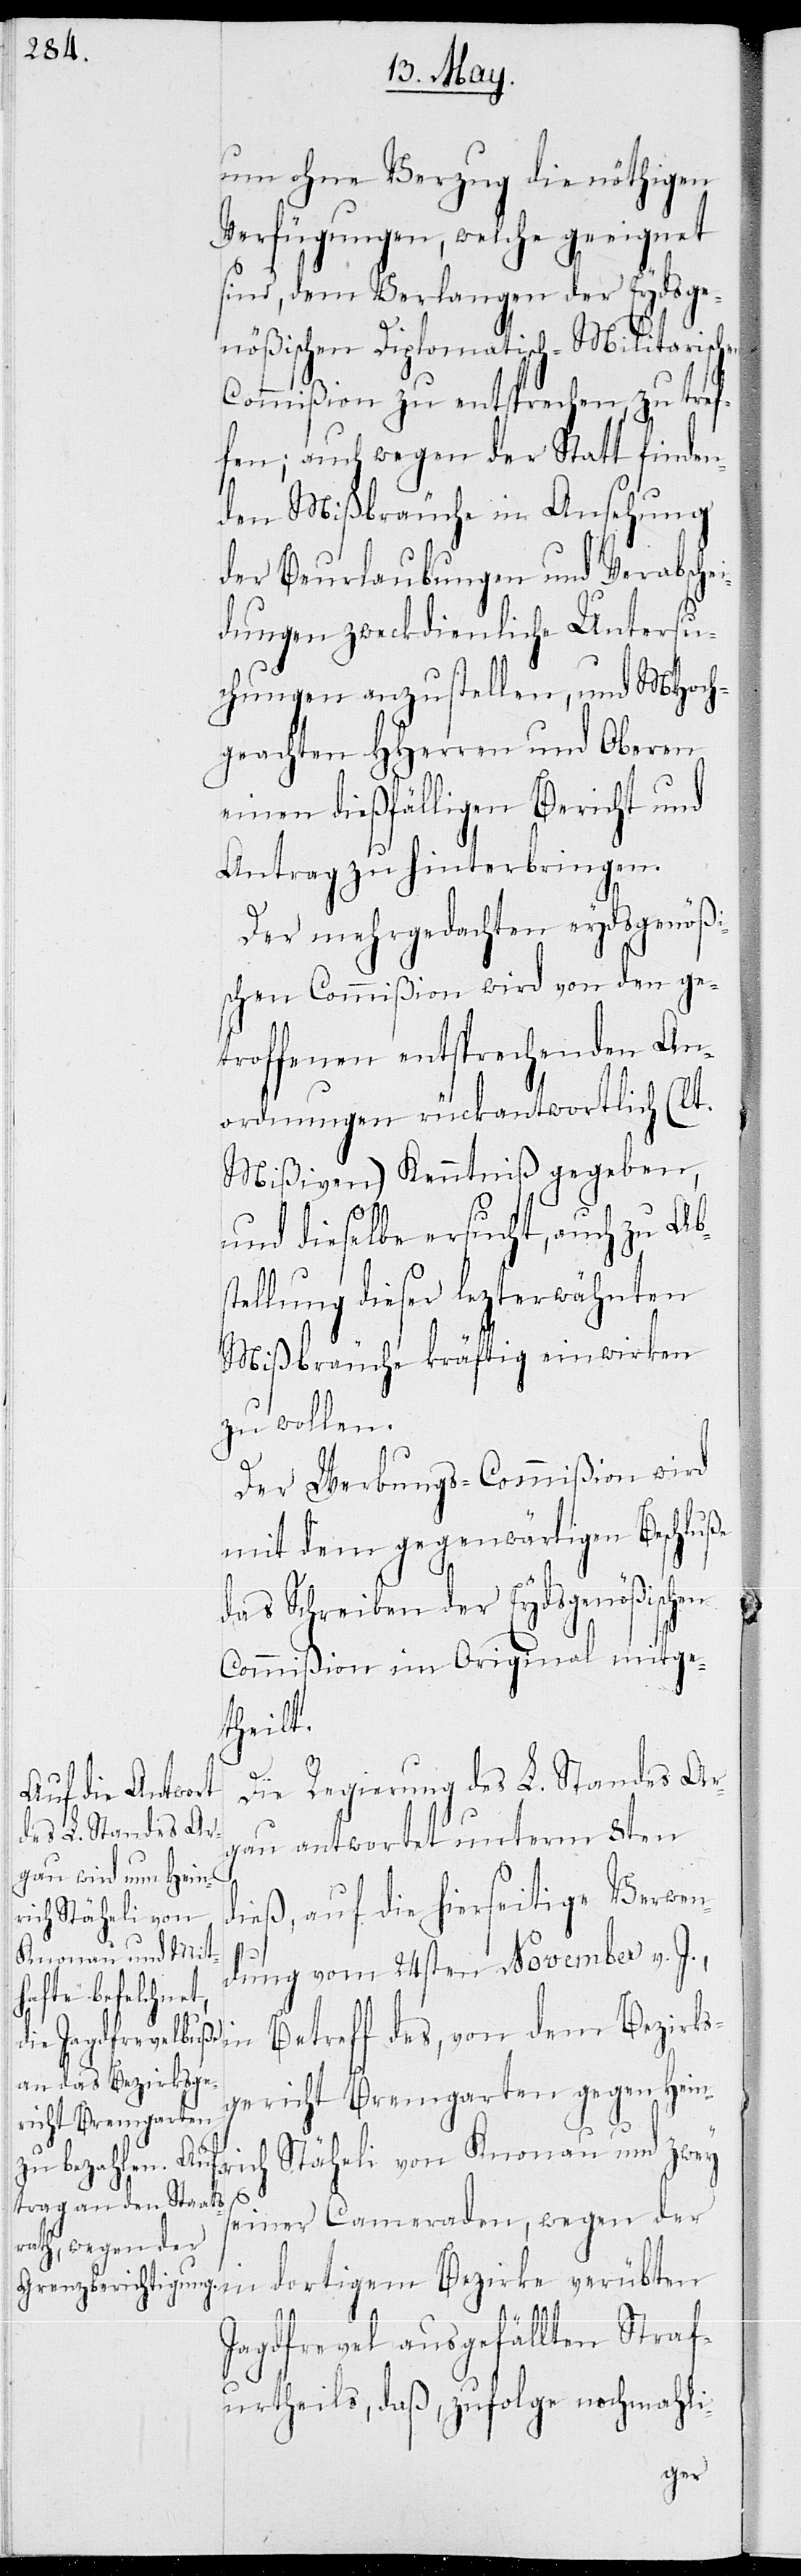
um ohne Verzug die nöthigen
Verfügungen, welche geeignet
sind, dem Verlangen der Eydsge¬
nößischen Diplomatisch-Militarischen
Commißion zu entsprechen, zu tref¬
fen; auch wegen der Statt finden¬
den Mißbräuche in Ansehung
der Beurlaubungen und Verabschi¬
edungen zweckdienliche Untersu¬
chungen anzustellen, und MHoch¬
geachten HHerren und Oberen
einen dießfälligen Bericht und
Antrag zu hinterbringen.
Der mehrgedachten Eydsgenößi¬
schen Commißion wird von den ge¬
troffenen entsprechenden An¬
ordnungen rückantwortlich (lt.
Mißiven) Kenntniß gegeben,
und dieselbe ersucht, auch zu Abs¬
tellung dieser lezterwähnten
Mißbräuche kräftig einwirken
zu wollen.
Der Werbungs-Commißion wird
mit dem gegenwärtigen Beschluße
das Schreiben der Eydsgenößischen
Commißion im Original mitge¬
theilt.
Die Regierung des L. Standes Ar¬
gau antwortet unterm 8ten
dieß, auf die hierseitige Verwen¬
rich Stäheli von
Knonau und zwey
dung vom 24sten November v. J.,
von dem Bezirks¬
gericht Bremgarten gegen Hein¬
seiner Cameraden, wegen der
in dortigem Bezirk verübten
Jagdfrevel ausgefällten Straf¬
urtheils, daß, zufolge nochmahli-